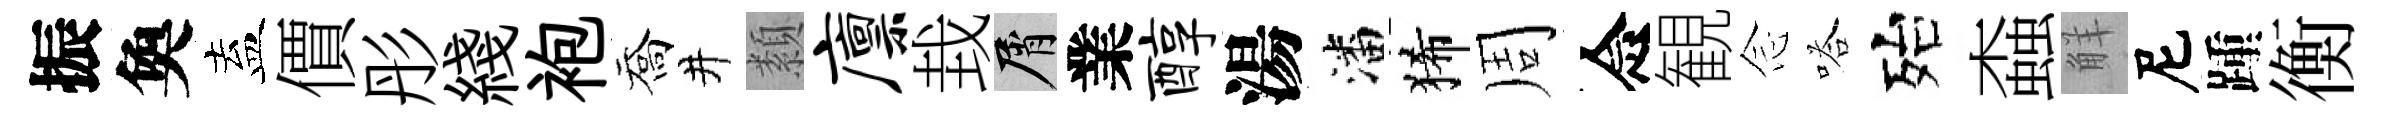
振奐盍價彤綫袍喬井纇廪㘽屑業醇湯潘狶周念観𫝹嗒殆螙觧尼踵衡